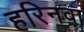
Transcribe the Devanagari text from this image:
हरिनवा